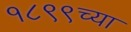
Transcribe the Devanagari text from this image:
१८९९च्या